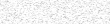
٢٢٢